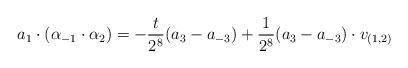
LaTeX: \begin{align*}a_1 \cdot (\alpha_{-1} \cdot \alpha_2) = -\frac{t}{2^8}(a_3 - a_{-3}) + \frac{1}{2^8}(a_3 - a_{-3}) \cdot v_{(1,2)}\end{align*}